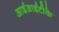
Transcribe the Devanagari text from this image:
आईआईटीके